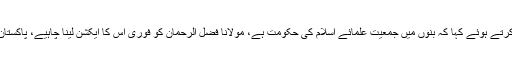
اُنہوں نے بنوں کی ضلعی انتظامیہ کی جانب سے شائع خاکروب کے اشتہار کی شدید الفاظ میں مذمت کرتے ہوئے کہا کہ بنوں میں جمعیت علمائے اسلام کی حکومت ہے، مولانا فضل الرحمان کو فوری اس کا ایکشن لینا چاہیے، پاکستان تحریک انصاف کی جانب سے صرف مذمت ناقابل قبول اس حوالے سے عملی اقدام کی ضرورت ہے۔